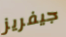
جيفريز